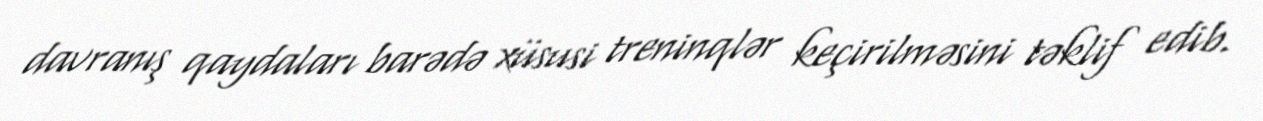
davranış qaydaları barədə xüsusi treninqlər keçirilməsini təklif edib.